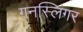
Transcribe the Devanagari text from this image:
गनस्लिंगर